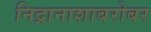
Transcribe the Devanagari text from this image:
निद्रानाशाबरोबर